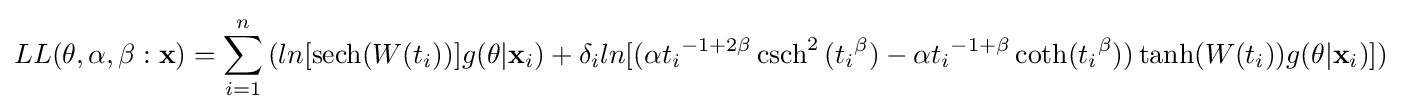
LL(\mathbf {\theta } ,\alpha ,\beta :{\mathbf {x} })=\sum _{i=1}^{n}{(ln[{\operatorname {sech} (W(t_{i}))}]g(\mathbf {\theta } |\mathbf {x} _{i})+\delta _{i}ln{[(\alpha {t_{i}}^{-1+2\beta }\operatorname {csch} ^{2}{({t_{i}}^{\beta })}-\alpha {t_{i}}^{-1+\beta }\operatorname {coth} ({t_{i}}^{\beta }))\operatorname {tanh} (W(t_{i}))g(\mathbf {\theta } |\mathbf {x} _{i})]})}